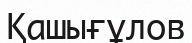
Қашығұлов